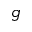
g